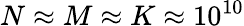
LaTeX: N\approx M\approx K\approx 10^{10}